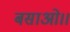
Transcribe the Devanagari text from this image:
बसाओ।।